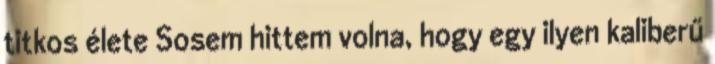
titkos élete Sosem hittem volna, hogy egy ilyen kaliberű